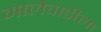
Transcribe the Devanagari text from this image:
मालेवाडीला